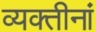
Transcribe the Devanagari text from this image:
व्यक्तीनां